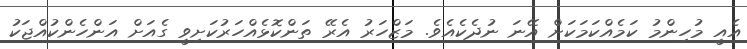
އެއީ މުހިންމު ކަމެއްކަމަކަށް އޭނަ ނުދެކެއެވެ. މަޒްހަރު އެރޭ ތަންކޮޅެއްހަރުކަށިވީ ގެއަށް އަންހެންކުއްޖަކު